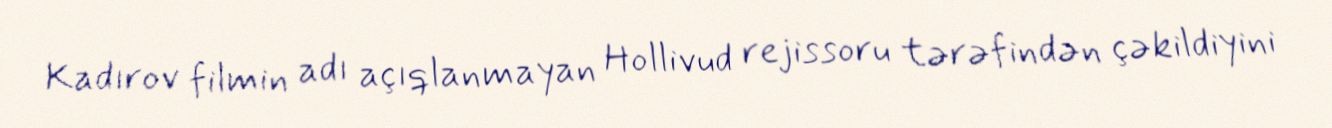
Kadırov filmin adı açıqlanmayan Hollivud rejissoru tərəfindən çəkildiyini